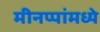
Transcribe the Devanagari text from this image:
मीनप्पांमध्ये